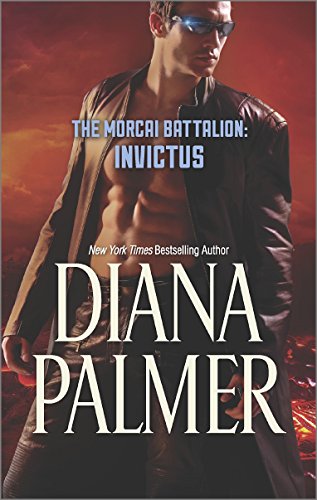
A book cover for The Morcai Battalion: Invictus; Diana Palmer; Romance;